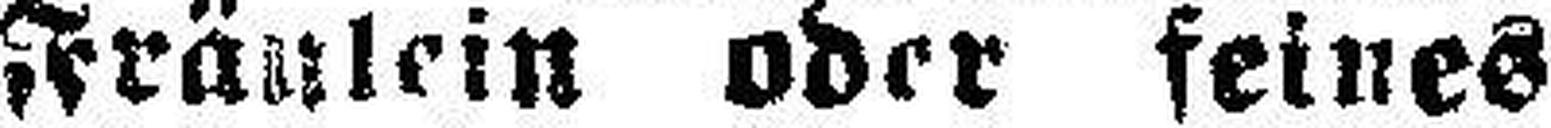
Fräulein oder feines